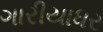
ગારીયાધર